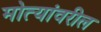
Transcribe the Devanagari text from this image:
मोत्यांवरील